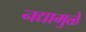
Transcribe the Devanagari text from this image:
नद्यामुळे